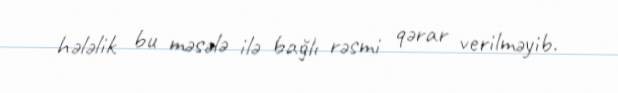
hələlik bu məsələ ilə bağlı rəsmi qərar verilməyib.